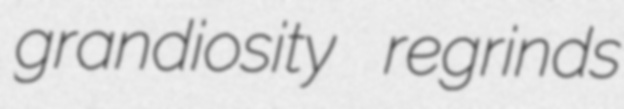
grandiosity regrinds